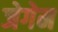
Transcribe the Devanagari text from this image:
जेगेम